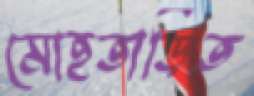
মোহতাড়িত